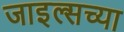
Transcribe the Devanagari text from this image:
जाइल्सच्या